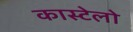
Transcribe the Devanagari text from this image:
कास्टेलो